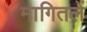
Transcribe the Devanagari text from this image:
मागितलें